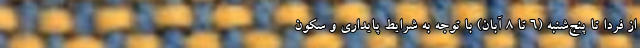
از فردا تا پنج‌شنبه (۶ تا ۸ آبان) با توجه به شرایط پایداری و سکون